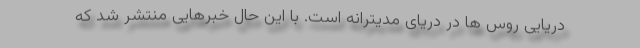
دریایی روس ها در دریای مدیترانه است. با این حال خبرهایی منتشر شد که